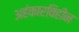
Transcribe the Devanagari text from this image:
अहंकारविहीन